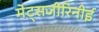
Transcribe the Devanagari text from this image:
मेट्सजीरिनीई